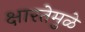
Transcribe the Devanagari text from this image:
क्षारतेमुळे